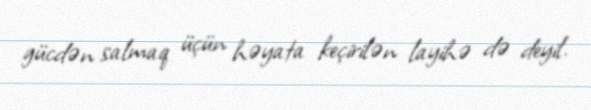
gücdən salmaq üçün həyata keçirilən layihə də deyil.